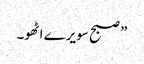
” صبح سویرے اٹھو۔